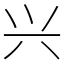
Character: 兴